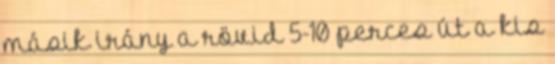
másik irány a rövid 5-10 perces út a kis